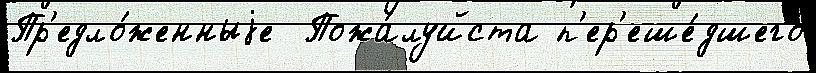
Пр'едло́женныjе  Пожа́луйста п'ер'еше́дшего